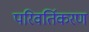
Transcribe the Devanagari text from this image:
परिवर्तिकरण